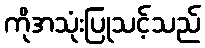
ကိုအသုံးပြုသင့်သည်